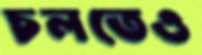
চলতেও